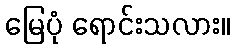
မြေပုံ ရောင်းသလား။